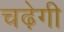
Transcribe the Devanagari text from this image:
चढ़ेगी